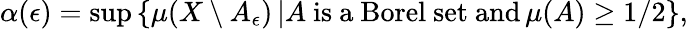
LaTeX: \alpha(\epsilon)=\operatorname*{sup}\left\{ \mu(X\setminus A_{\epsilon})\, |A{\mathrm{~is~a~Borel~set~and}}\, \mu(A)\geq 1/2\right\} ,